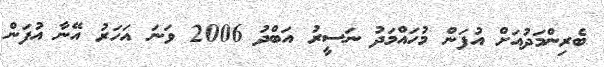
ބެރިންމަދުއަށް އުފަން މުހައްމަދު ނަސީރު އަބްދު 2006 ވަނަ އަހަރު އޭނާ އުފަން